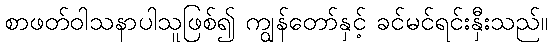
စာဖတ်ဝါသနာပါသူဖြစ်၍ ကျွန်တော်နှင့် ခင်မင်ရင်းနှီးသည်။